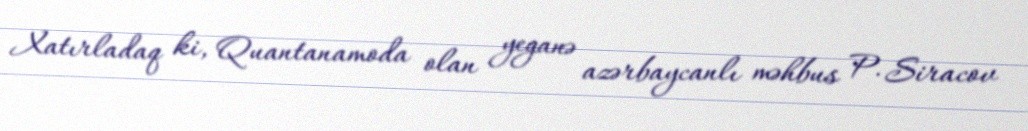
Xatırladaq ki, Quantanamoda olan yeganə azərbaycanlı məhbus P. Siracov